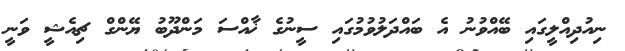
ނިއުދިއްލީގައި ބޭއްވުނު އެ ބައްދަލުވުމުގައި ސީނުގެ ޚާއްސަ މަންދޫބު ޔޭންގް ޗިއެޝީ ވަނީ